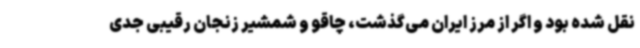
نقل شده بود و اگر از مرز ایران می‌گذشت، چاقو و شمشیر زنجان رقیبی جدی